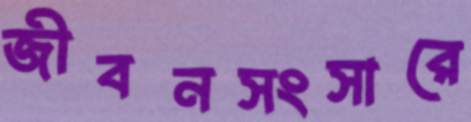
জীবনসংসারে